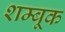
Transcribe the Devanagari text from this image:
शम्बूक